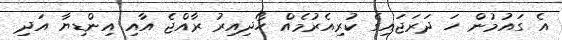
އެ ގައުމުން ހަ ދަރަޖައިގެ ކުރިއެރުމެއް ހޯދިއިރު ރާއްޖެ އާއި އިންޑިޔާ އަދި